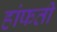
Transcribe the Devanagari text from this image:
हांफती